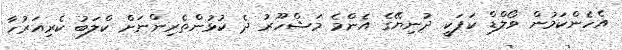
އެހެންކަމުން ވޯލްޑް ކަޕަކީ ދުނިޔޭގެ އެންމެ މަޝްހޫރު ދެ ކުޅުންތެރިންނަށް ކްލަބު ކެރިއަރުހާ